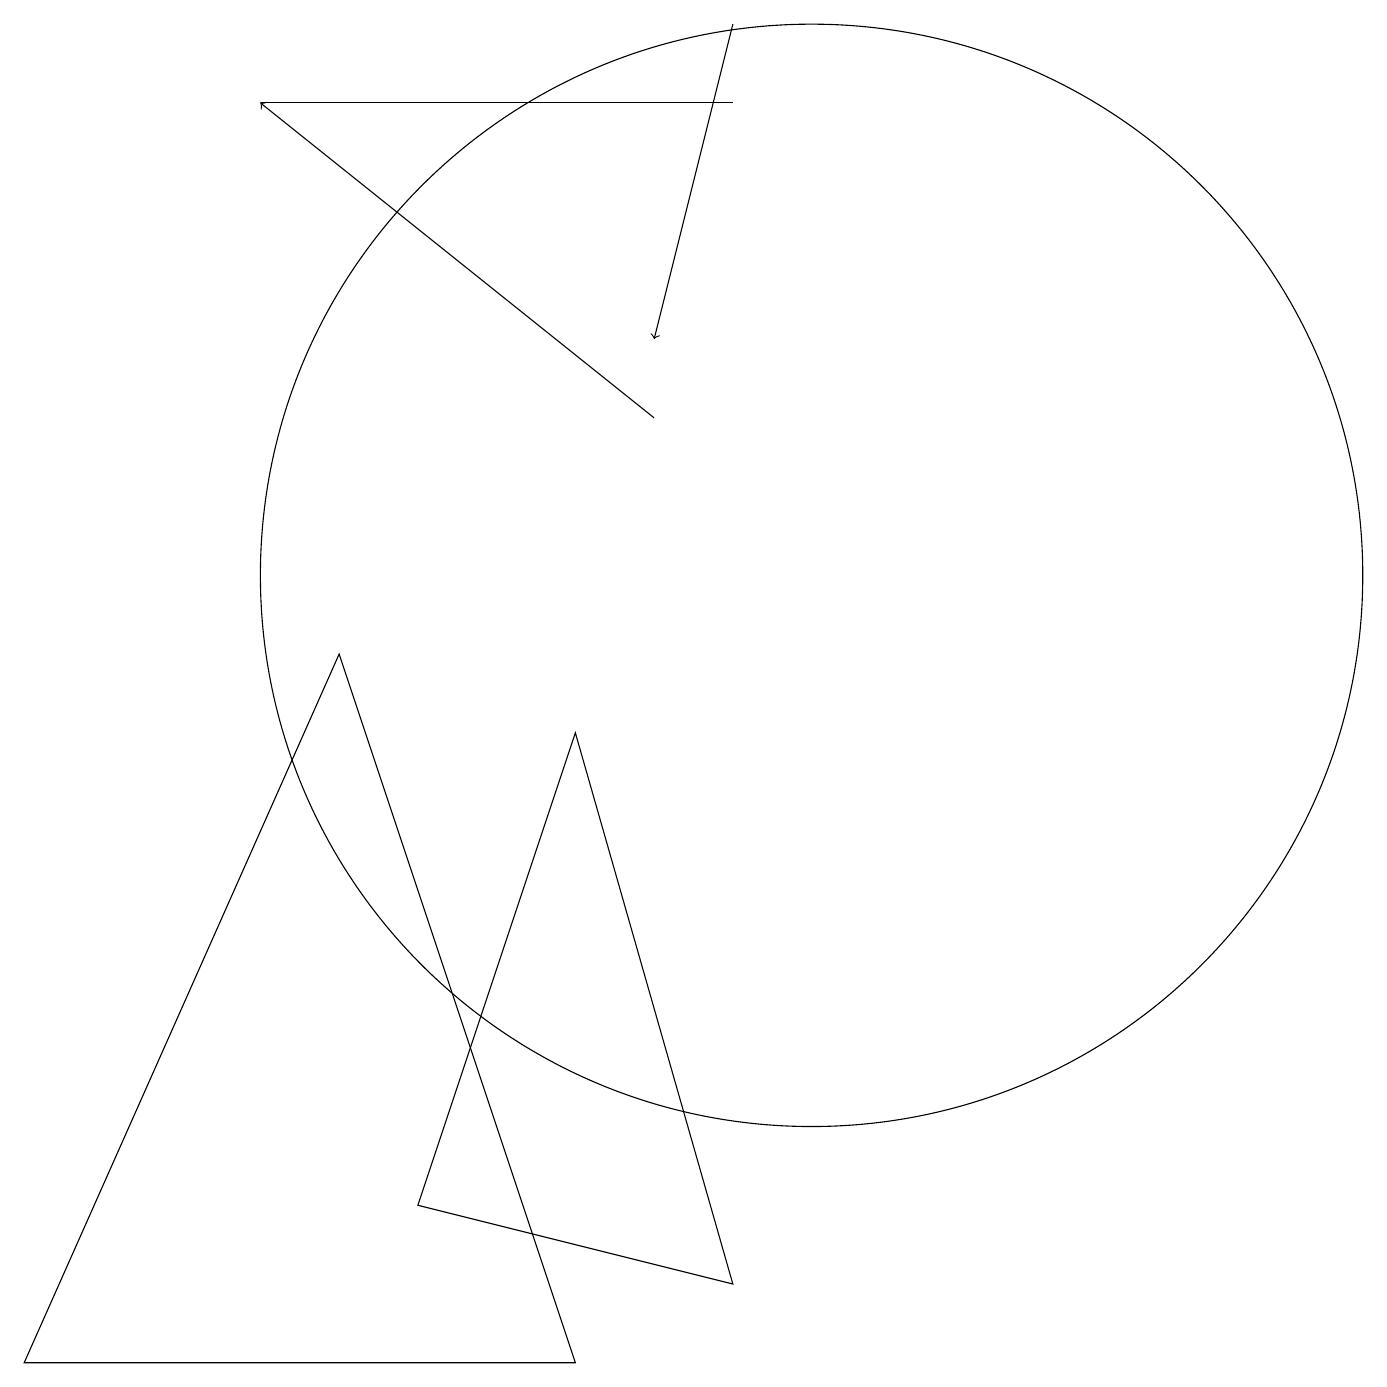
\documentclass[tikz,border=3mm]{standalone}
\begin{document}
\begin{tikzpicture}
\draw (10,10) circle (7);
\draw (5,2) -- (7,8) -- (9,1) -- cycle;
\draw (7,0) -- (4,9) -- (0,0) -- cycle;
\draw[->] (8,12) -- (3,16);
\draw (10,11) circle (0);
\draw (9,16) rectangle (3,16);
\draw[->] (9,17) -- (8,13);
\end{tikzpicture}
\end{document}